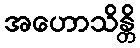
အဟောသိန္တိ